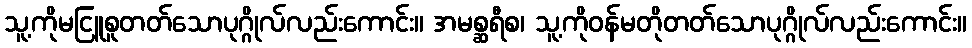
သူ့ကိုမငြူစူတတ်သောပုဂ္ဂိုလ်လည်းကောင်း။ အမစ္ဆရီစ၊ သူ့ကိုဝန်မတိုတတ်သောပုဂ္ဂိုလ်လည်းကောင်း။